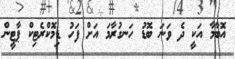
އޮބާމާ އަކީ ދެ ވަނަ ބޮޑު ހަނގުރާމަ އަށް ފަހު ޑިމޮކްރެޓިކް ޕާޓީން